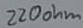
Text: 220ohm